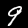
Digit: 9